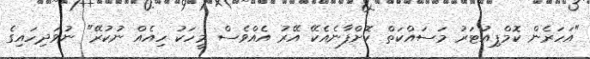
"އަހަރެން ކޮމްޕިއުޓަރު މަސައްކަތް ކޮށްފާނެއެކޭ އޭރު އެއްވެސް މީހަކު ހިއެއް ނުކުރޭ" ނުވަދިހައިގެ